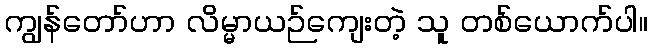
ကျွန်တော်ဟာ လိမ္မာယဉ်ကျေးတဲ့ သူ တစ်ယောက်ပါ။